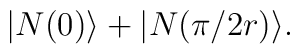
|N(0)\rangle + |N(\pi/2r)\rangle.